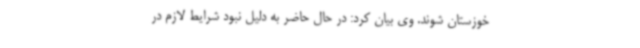
خوزستان شوند. وی بیان کرد: در حال حاضر به دلیل نبود شرایط لازم در